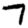
Digit: 7